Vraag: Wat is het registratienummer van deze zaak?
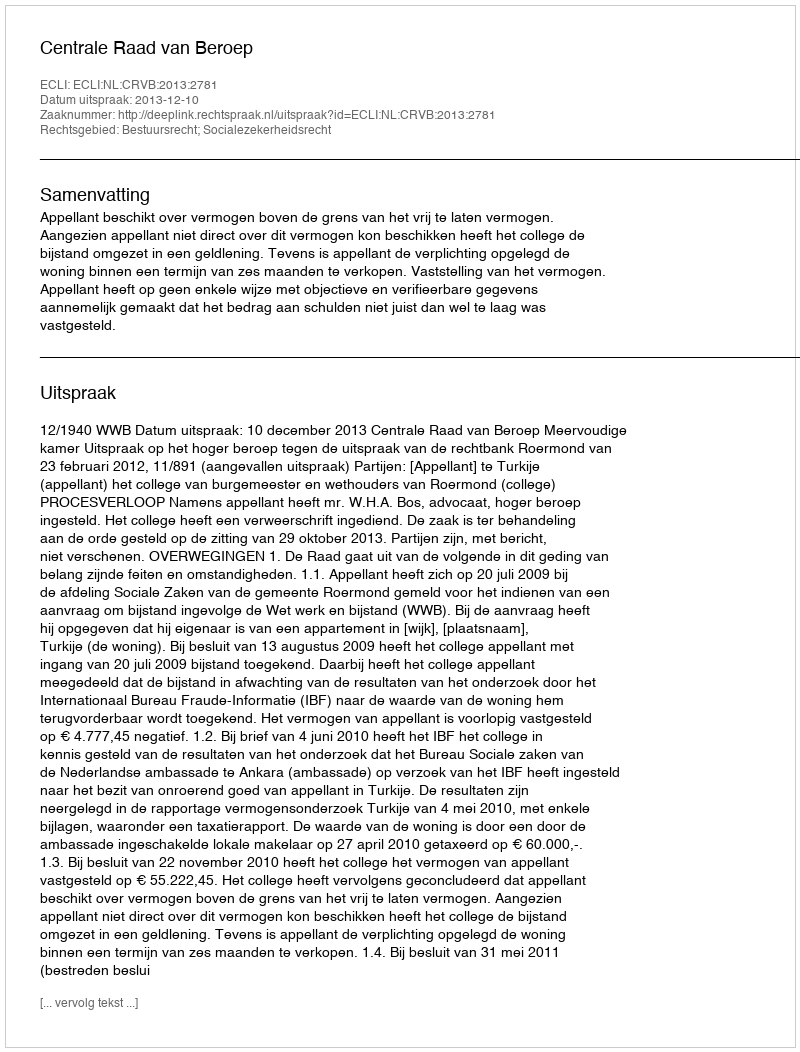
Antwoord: http://deeplink.rechtspraak.nl/uitspraak?id=ECLI:NL:CRVB:2013:2781